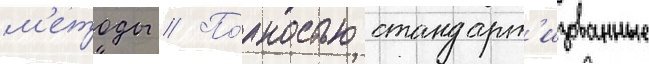
м'етоды // По́лностью стандарт'изованные